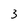
Character: 3